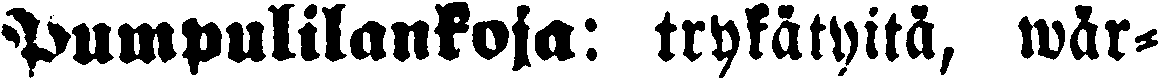
Pumpulilankoja: trykätyitä, wär-